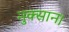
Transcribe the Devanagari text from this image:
नुक्सान।